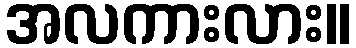
အလကားလား။